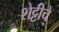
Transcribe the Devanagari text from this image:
शेट्टीचे